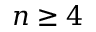
n \geq 4